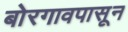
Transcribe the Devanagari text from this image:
बोरगावपासून